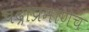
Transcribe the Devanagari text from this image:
चंद्रांप्रमाणेच